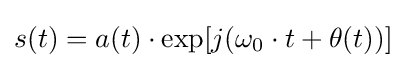
s(t)=a(t)\cdot \exp[j(\omega _{0}\cdot t+\theta (t))]